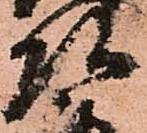
頭